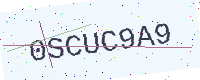
Text: 0SCUC9A9